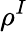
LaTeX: \rho^{I}